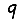
Digit: 9